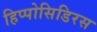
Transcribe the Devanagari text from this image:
हिप्पोसिडिरस